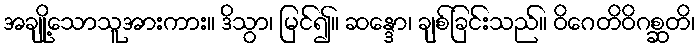
အချို့သောသူအားကား။ ဒိသွာ၊ မြင်၍။ ဆန္ဒော၊ ချစ်ခြင်းသည်။ ဝိဂေတိဝိဂစ္ဆတိ၊